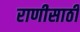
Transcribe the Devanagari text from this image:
राणीसाठी